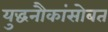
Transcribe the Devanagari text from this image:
युद्धनौकांसोबत